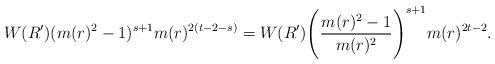
LaTeX: \begin{align*}W(R') (m(r)^2-1)^{s+1}m(r)^{2(t-2-s)} = W(R') \Bigg( \frac{m(r)^2-1}{m(r)^2}\Bigg)^{s+1} m(r)^{2t-2}.\end{align*}